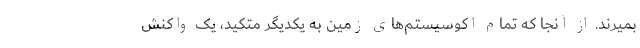
بمیرند. از آنجا که تمام اکوسیستم‌های زمین به یکدیگر متکید، یک واکنش